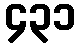
၄၃၁